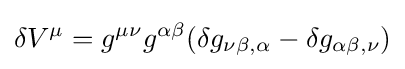
\delta V^{\mu }=g^{\mu \nu }g^{\alpha \beta }(\delta g_{\nu \beta ,\alpha }-\delta g_{\alpha \beta ,\nu })